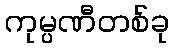
ကုမ္ပဏီတစ်ခု